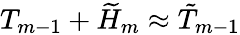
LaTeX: T_{m-1}+\widetilde{H}_{m}\approx\tilde{T}_{m-1}